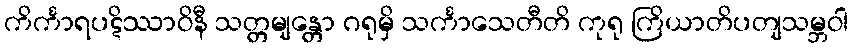
ကိင်္ကာရပဋိဿာဝိနီ သတ္တမျန္တော ဂရုမှိ သင်္ကာသေတီတိ ကုရု ကြိယာတိပတျသမ္ဘဝါ